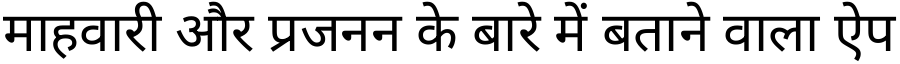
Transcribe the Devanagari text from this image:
माहवारी और प्रजनन के बारे में बताने वाला ऐप